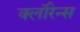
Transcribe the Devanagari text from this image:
क्लॉरेन्स